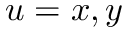
u = x , y